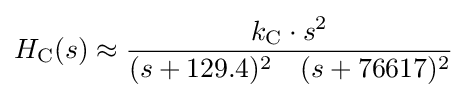
H_{\text{C}}(s)\approx {k_{\text{C}}\cdot s^{2} \over (s+129.4)^{2}\quad (s+76617)^{2}}